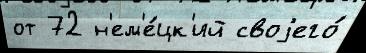
от 72 н'ем'е́цк'ий своjего́